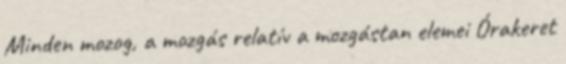
Minden mozog, a mozgás relatív a mozgástan elemei Órakeret